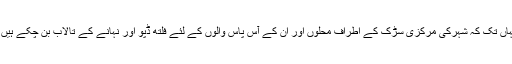
یہاں تک کہ شہرکی مرکزی سڑک کے اطراف محلوں اور ان کے آس پاس والوں کے لئے فلتھ ڈپو اور نہانے کے تالاب بن چکے ہیں ۔